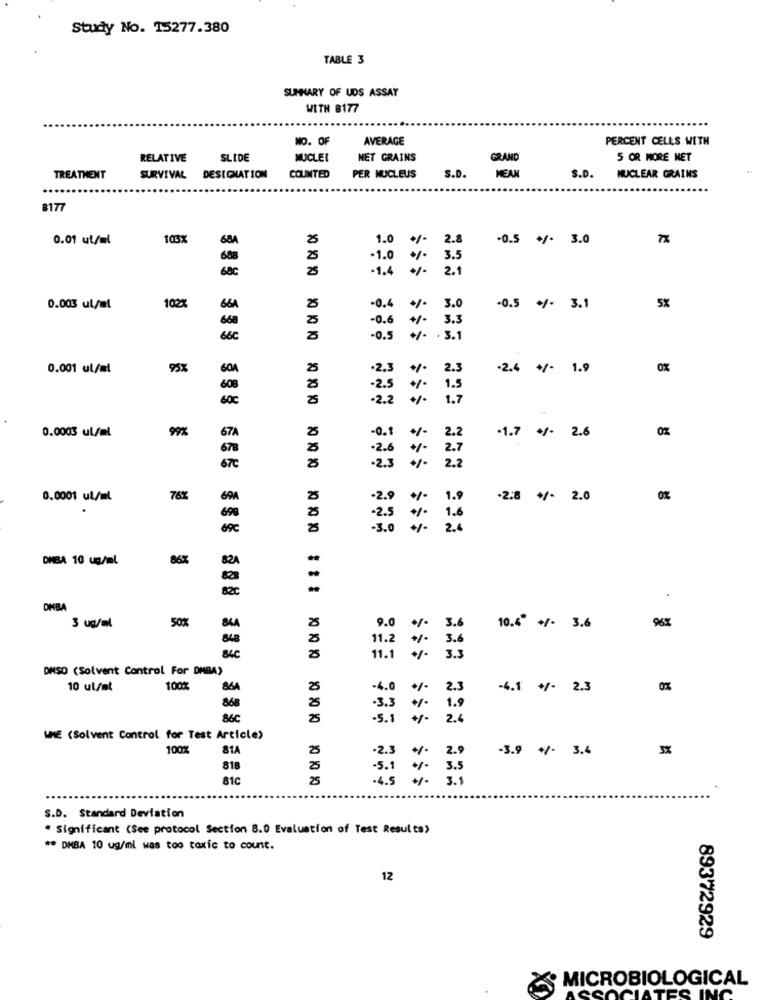
Study No. 15277.380
TABLE 3
SUMMARY OF UDS ASSAY
WITH B177
NO. OF
AVERAGE
PERCENT CELLS WITH
RELATIVE
SLIDE
NUCLEI
NET GRAINS
GRAND
5 OR MORE NET
S.D.
TREATMENT
SURVIVAL
DESIGNATION
COUNTED
PER NUCLEUS
S.D.
HEAN
NUCLEAR GRAINS
8177
0.01 ut/al
103%
684
1.0
2.8
-0.5 +/- 3.0
688
-1.0
3.5
68c
2.1
-1.4
8
0.003 ul/ml
102X
664
-0.4
%
3.0
-0.5
3.1
5%
668
0.6
+/-
3.3
66C
0.5
+/-
. 3.1
0.001 ul/ml
95X
604
2.3
2.3
-2.4
+/-
1.9
0%
2.5
1.5
60€
2.2
+/-
1.7
0.0003 ul/ml
9%
67A
0.1
-1.7
2.6
0%
2.2
2.6
2.7
67€
2.3
2.2
1.0
0.0001 ul/ml
76%
-2.8
2.0
0%
69C
DMBA 10 ug/ml
86%
82
82C
.
OHBA
50%
25
9.0
3.6
10.4"
3.6
3 ug/ml
B4A
840
11.2
3.6
84C
25
11.1
3.3
DMSO (Solvent Control For DMBA)
10 ul/at
100%
864
25
-4.0
2.3
-4.1
+/-
2.3
0%
868
-3.3
1.9
86C
25
.5.1
2.4
WME (Solvent Control for Test Article)
100%
81A
25
2.9
-3.9 +/- 3.4
3%
.2.3
818
25
.5.1
.1 . 3.5
81c
25
.4.5 +/- 3.1
*** ***
S.D. Standard Deviation
* Significant (See protocol Section 8.0 Evaluation of Test Results)
** DMBA 10 ug/ml was too toxic to count.
12
89372929
MICROBIOLOGICAL
S IN